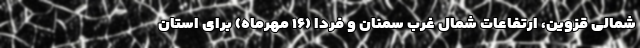
شمالی قزوین، ارتفاعات شمال غرب سمنان و فردا (۱۶ مهرماه) برای استان